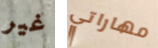
غير مهاراتي